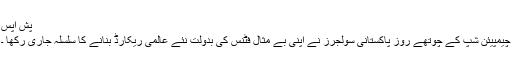
پش اپس
چیمپیئن شپ کے چوتھے روز پاکستانی سولجرز نے اپنی بے مثال فٹنس کی بدولت نئے عالمی ریکارڈ بنانے کا سلسلہ جاری رکھا ۔